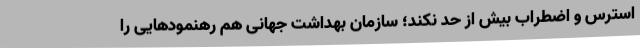
استرس و اضطراب بیش از حد نکند؛ سازمان بهداشت جهانی هم رهنمودهایی را